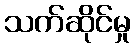
သက်ဆိုင်မှု